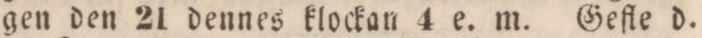
gen den 21 dennes klockan 4 e. m. Gefle d.